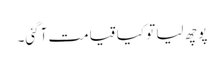
پوچھ لیا تو کیا قیامت آگئی۔